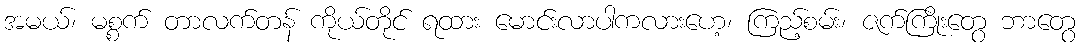
အမယ်၊ မစ္စက် တာလက်တန် ကိုယ်တိုင် ရထား မောင်းလာပါကလားဟေ့၊ ကြည့်စမ်း၊ ဇက်ကြိုးတွေ ဘာတွေ